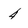
Character: 4